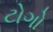
ટોગો